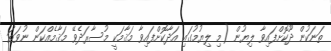
ތަނަކުން ދޫކޮށްފައިވާ ލިޔުން (މި ލިޔުމުގައި އަދާކޮށްފައިވާ މަޤާމަކީ މުސާރަދެވޭ މަޤާމެއްކަން ނުވަތަ